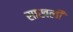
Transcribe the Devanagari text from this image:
साखली